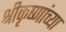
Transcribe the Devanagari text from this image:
श्रीकृष्णांच्या